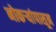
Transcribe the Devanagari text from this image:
नोकऱ्यांपासून